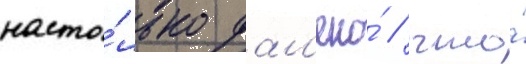
насто́лько дал'еко́ / что́